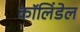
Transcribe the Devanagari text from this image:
कॉलिंडेल